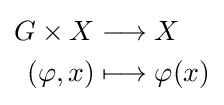
{\begin{aligned}G\times X&\longrightarrow X\\(\varphi ,x)&\longmapsto \varphi (x)\end{aligned}}